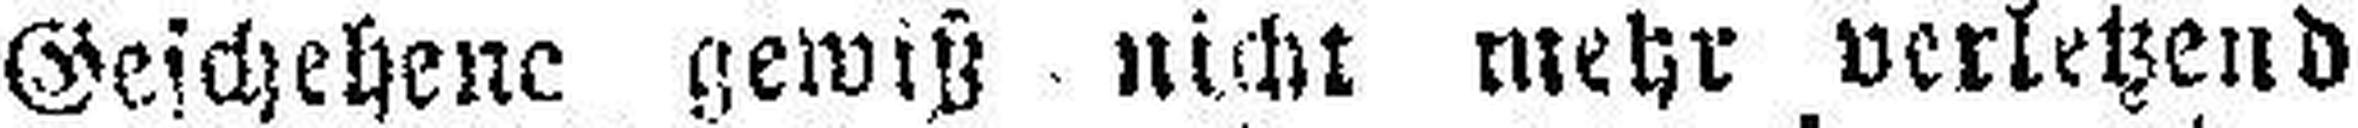
Geschehene gewiß nicht mehr verletzend